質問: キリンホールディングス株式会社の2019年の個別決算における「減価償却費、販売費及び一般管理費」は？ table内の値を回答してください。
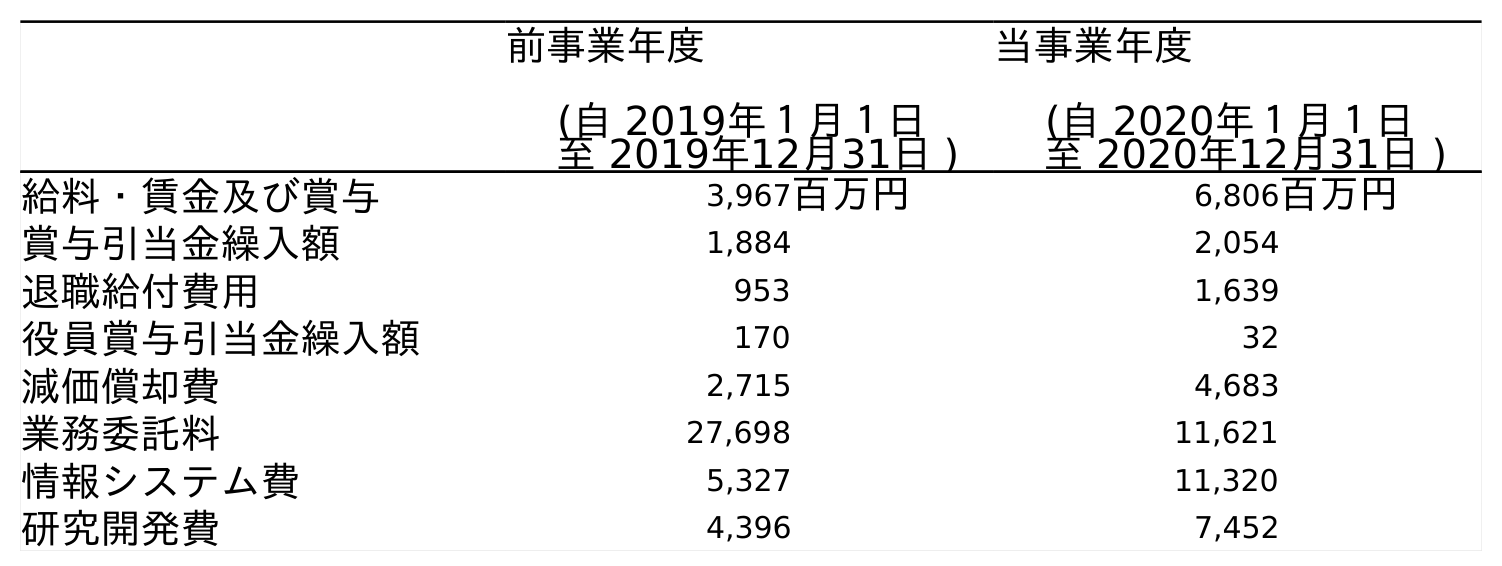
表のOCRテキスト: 前事業年度 (自 2019年１月１日 至 2019年12月31日 ) 当事業年度 (自 2020年１月１日 至 2020年12月31日 ) 給料・賃金及び賞与 3,967百万円 6,806百万円 賞与引当金繰入額 1,884 2,054 退職給付費用 953 1,639 役員賞与引当金繰入額 170 32 減価償却費 2,715 4,683 業務委託料 27,698 11,621 情報システム費 5,327 11,320 研究開発費 4,396 7,452
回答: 2,715